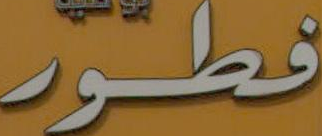
فطور